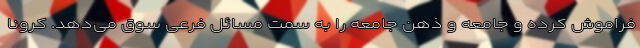
فراموش کرده و جامعه و ذهن جامعه را به سمت مسائل فرعی سوق می‌دهد. کرونا